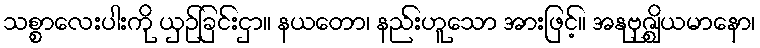
သစ္စာလေးပါးကို ယှဉ်ခြင်းငှာ။ နယတော၊ နည်းဟူသော အားဖြင့်။ အနုဗုဇ္ဈိယမာနော၊